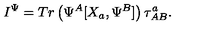
I ^ { \Psi } = T r \left( \Psi ^ { A } [ X _ { a } , \Psi ^ { B } ] \right) \tau _ { A B } ^ { a } .